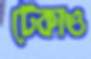
টেকাও